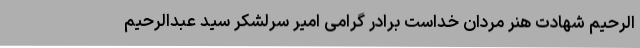
الرحیم شهادت هنر مردان خداست برادر گرامی امیر سرلشکر سید عبدالرحیم